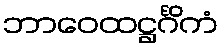
ဘာဝေထဋ္ဌင်္ဂိကံ